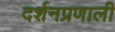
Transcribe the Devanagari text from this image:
दर्शनप्रणाली